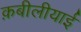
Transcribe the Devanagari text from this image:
क़बीलीयाई